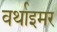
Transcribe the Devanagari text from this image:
वर्थाइमर